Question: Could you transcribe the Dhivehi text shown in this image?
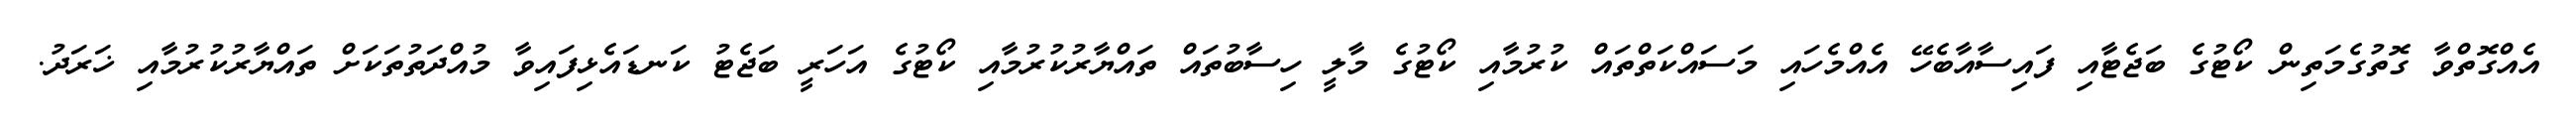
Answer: އެއްގޮތްވާ ގޮތުގެމަތިން ކޯޓުގެ ބަޖެޓާއި ފައިސާއާބެހޭ އެއްމެހައި މަސައްކަތްތައް ކުރުމާއި ކޯޓުގެ މާލީ ހިސާބުތައް ތައްޔާރުކުރުމާއި ކޯޓުގެ އަހަރީ ބަޖެޓު ކަނޑައެޅިފައިވާ މުއްދަތުތަކަށް ތައްޔާރުކުރުމާއި ޚަރަދު.